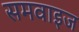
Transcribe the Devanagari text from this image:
समवाइज